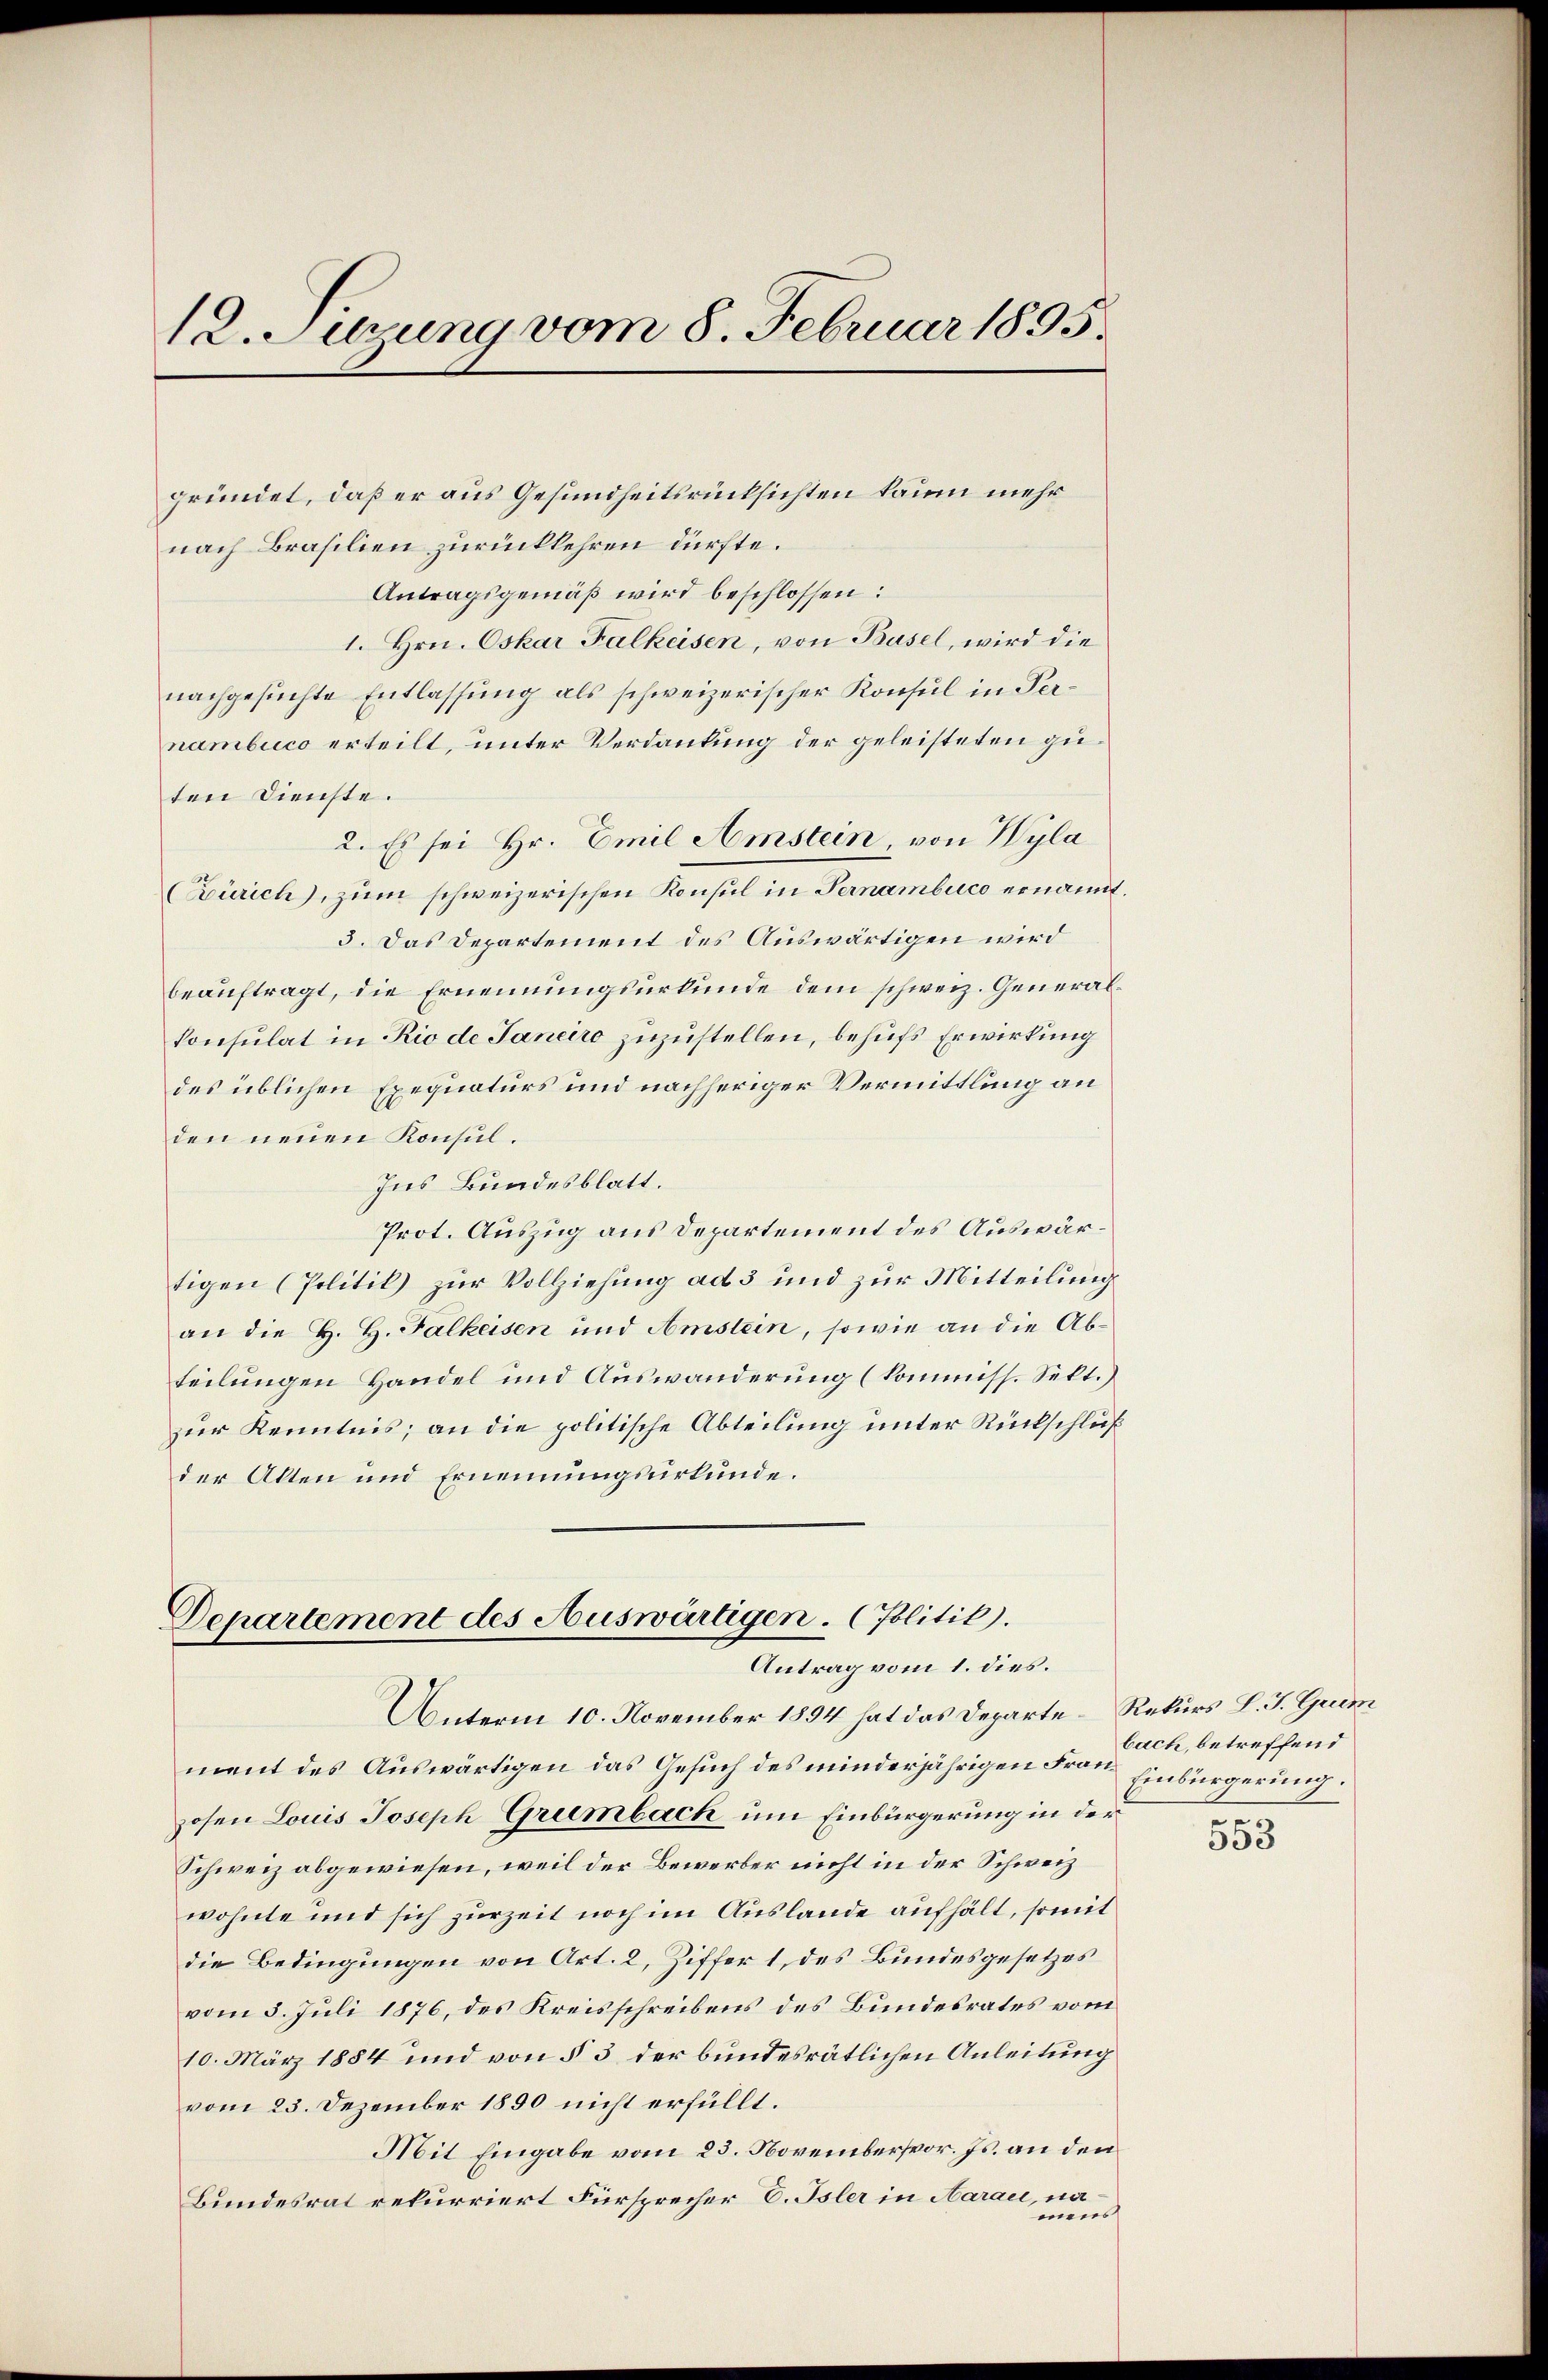
12.Suzung vom 8. Februar 1895.

gründet, daß er aus Gesundheitsrücksichten kaum mehr
nach Brasilien zurückkehren dürfte.
Antragsgemäß wird beschlossen:
1. Hrn. Oskar Falkeisen, von Basel, wird die
nachgesuchte Entlassung als schweizerischer Konsul in Pernambuco erteilt, unter Verdankung der geleisteten guten Dienste.
2. Es sei Hr. Emil Amstein, von Wyla
(Zürich), zum schweizerischen Konsul in Pernambuco ernannt.
3. Das Departement des Auswärtigen wird
beauftragt, die Ernennungsurkunde dem schweiz. General¬
Consulat in Rio de Janeiro zuzustellen, behufs Erwirkung
des üblichen Exequaturs und nachheriger Vermittlung an
den neuen Konsul¬
Ins Bundesblatt.
Prot. Auszug aus Departement des Auswärtigen (Politik zur Vollziehung ad 3 und zur Mitteilung
an die H. H. Falkeisen und Amstein, sowie an die Abteilungen Handel und Auswanderung (kommiss. Sekt.)
zur Kenntnis; an die politische Abteilung unter Rückschluß
der Akten und Ernennungsurkunde.

Departement des Auswärtigen. (Politik).
Antrag vom 1. dies.

ment des Auswärtigen das Gesuch des minderjährigen Frau Einbürgerung:
zosen Louis Joseph Grumbach um Einbürgerung in der
Schweiz abgewiesen, weil der Bewerber nicht in der Schweiz
wohnte und sich zurzeit noch im Auslande aufhält, somit
die Bedingungen von Art. 2, Ziffer 1, des Bundesgesetzes
vom 3. Juli 1876, des Kreisschreibens des Bundesrates vom
10. März 1884 und von § 3 der bundesrätlichen Anleitung
vom 23. Dezember 1890 nicht erfüllt.
Mit Eingabe vom 23. Novembervor. Js. an den
Bundesrat rekurriert Fürsprecher E. Isler in Aaraić, namens

UUnterm 10. November 1894 hat das Departe Rekurs L. J. Grim

bach, betreffend
e

003